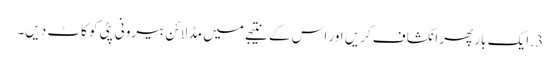
3. ایک بار پھر انکشاف کریں اور اس کے نتیجے میں مڈ لائن بیرونی پٹی کو کاٹ دیں۔